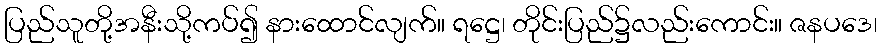
ပြည်သူတို့အနီးသို့ကပ်၍ နားထောင်လျက်။ ရဋ္ဌေ၊ တိုင်းပြည်၌လည်းကောင်း။ ဇနပဒေ၊